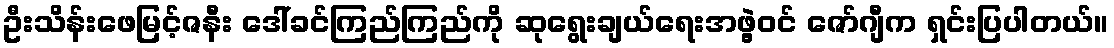
ဦးသိန်းဖေမြင့်ဇနီး ဒေါ်ခင်ကြည်ကြည်ကို ဆုရွေးချယ်ရေးအဖွဲ့ဝင် ဇော်ဂျီက ရှင်းပြပါတယ်။